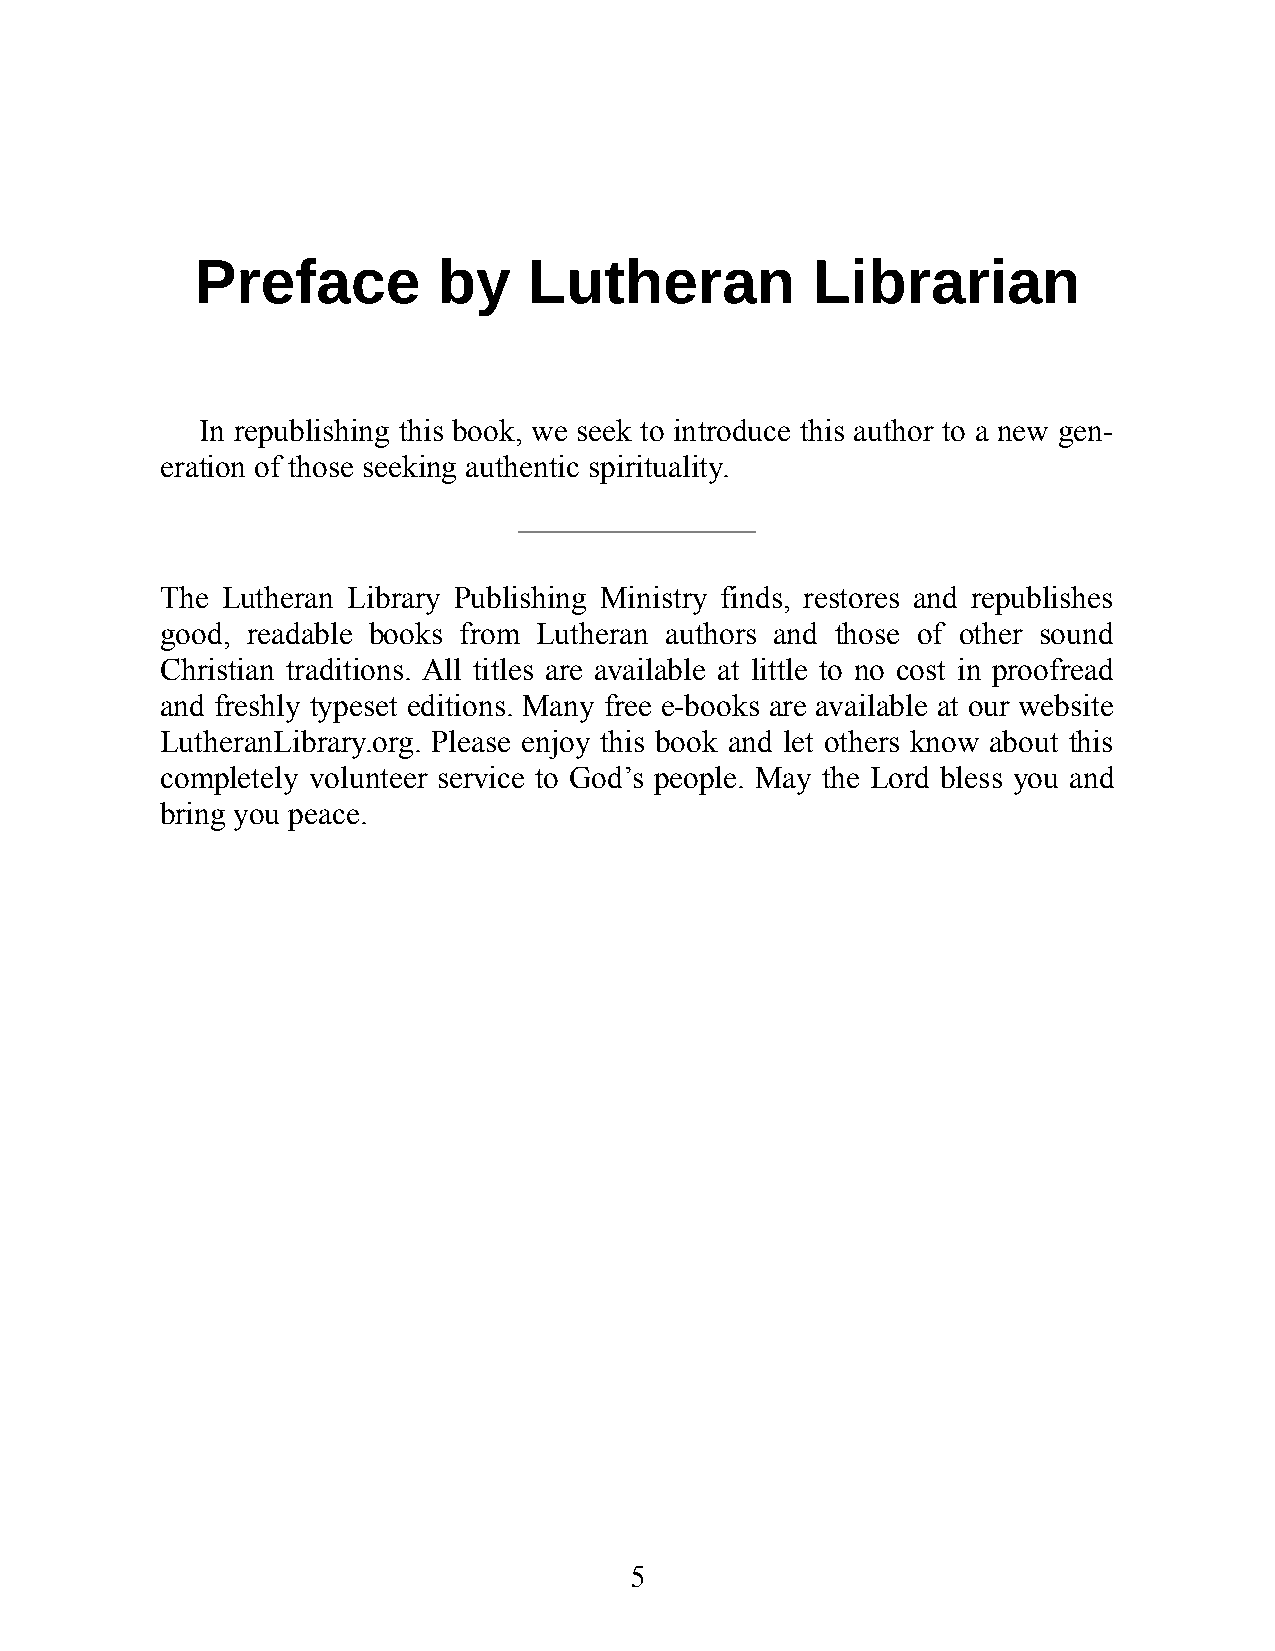
Pref    ace     by    Lutheran           Li brari     an
 In re pub lishi ng this book, we seek to int ro duce this aut hor to a new gen-
 er at ion of those seek ing au then tic spiri t ua l ity.
 The Lutheran Li brary Pub lishi ng Min istry finds, re stores and re publ ishes
 good, reada ble books from Lutheran aut hors and those of other sound
 Chris tian tra dit ions. All ti tles are avail able at lit tle to no cost in proof read
 and freshly type set edi tions. Many free e-books are avail able at our web site
 Luther anL i brary.org. Please enj oy this book and let oth ers know about this
 com pletely vol un teer ser vice to God’s peop le. May the Lord bless you and
 bring you peace.
 5